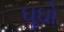
ઘૂઘો